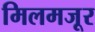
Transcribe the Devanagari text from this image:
मिलमजूर